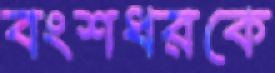
বংশধরকে